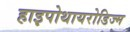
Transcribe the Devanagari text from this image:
हाइपोथायरोडिज्म